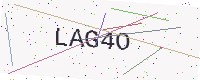
Text: LAG4O